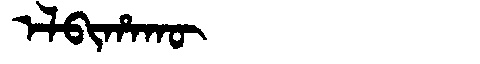
Manchu: ᡝᠯᠪᡳᡥᠠᡴᡡ
Romanization: ELBIHAKŪ